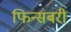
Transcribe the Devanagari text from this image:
फिन्सबरी